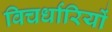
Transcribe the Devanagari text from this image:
विचर्धारियों